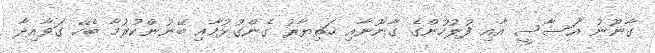
ގާނޫނު އަސާސީ އާއި ފުލުހުންގެ ގާނޫނާއި ހަތިޔާރު ގެންގުޅުމާއި ބޭނުންކުރުމާ ބެހޭ ގަވާއިދާ